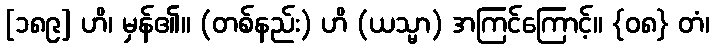
[၁၈၉] ဟိ၊ မှန်၏။ (တစ်နည်း) ဟိ (ယသ္မာ) အကြင်ကြောင့်။ {၀၈} တံ၊